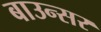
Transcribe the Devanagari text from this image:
बाउन्सर